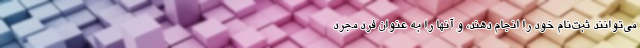
می‌توانند ثبت‌نام خود را انجام دهند، و آنها را به عنوان فرد مجرد